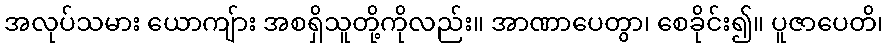
အလုပ်သမား ယောကျ်ား အစရှိသူတို့ကိုလည်း။ အာဏာပေတွာ၊ စေခိုင်း၍။ ပူဇာပေတိ၊